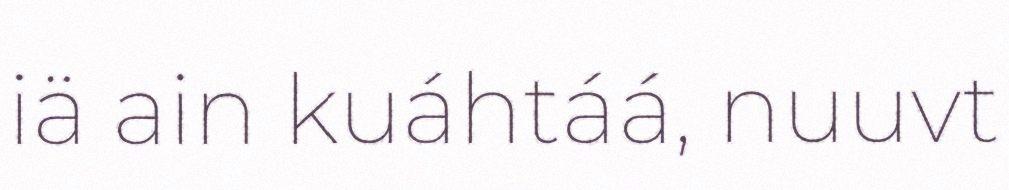
iä ain kuáhtáá, nuuvt